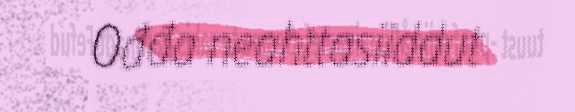
Ođđa neahttasiiddut